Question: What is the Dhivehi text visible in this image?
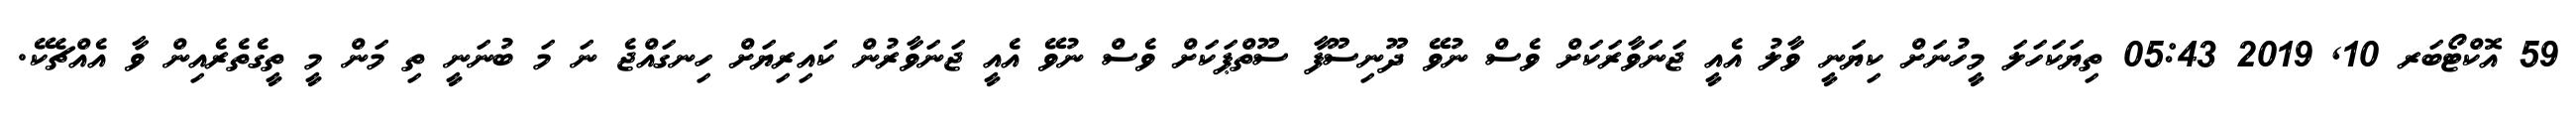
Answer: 59 އޮކްޓޯބަރ 10, 2019 05:43 ތިޔަކަހަލަ މީހުނަށް ކިޔަނީ ވާލު އެއީ ޖަނަވާރަކަށް ވެސް ނުވޭ ދޫނިސޫފާ ސޫތްޕަކަށް ވެސް ނުވޭ އެއީ ޖަނަވާރުން ކައިރިޔަށް ހިނގައްޖެ ނަ މަ ބުނަނީ ތި މަން މީ ތީގެތެރެއިން ވާ އެއްޗެކޭ.